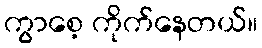
ကွာစေ့ ကိုက်နေတယ်။